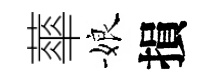
蕐娘損